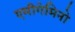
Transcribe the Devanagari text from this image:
एमीगेमिनो